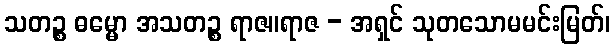
သတဉ္စ ဓမ္မော အသတဉ္စ ရာဇ။ရာဇ - အရှင် သုတသောမမင်းမြတ်၊